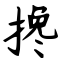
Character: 搀